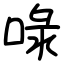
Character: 㖨